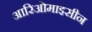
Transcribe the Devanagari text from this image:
आरिओमाइसीन